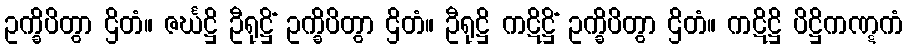
ဥက္ခိပိတွာ ဌိတံ။ ဇင်္ဃဋ္ဌိ ဦရုဋ္ဌိံ ဥက္ခိပိတွာ ဌိတံ။ ဦရုဋ္ဌိ ကဋိဋ္ဌိံ ဥက္ခိပိတွာ ဌိတံ။ ကဋိဋ္ဌိ ပိဋ္ဌိကဏ္ဋကံ